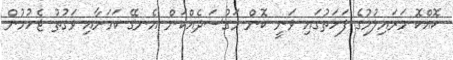
ކޮއްކޮ މަރައިލުމުގެ ފަހަތުގައި ވަނީ ކޮން މަގުސަދެއްކަން އެނގޭ ކަމަށާއި ވަގުތު ޖެހުމުން